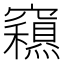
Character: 𥨽